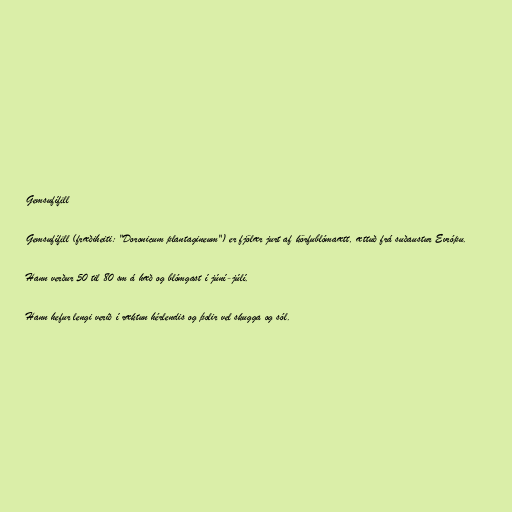
Gemsufífill

Gemsufífill (fræðiheiti: "Doronicum plantagineum") er fjölær jurt af körfublómaætt, ættuð frá suðaustur Evrópu.

Hann verður 50 til 80 sm á hæð og blómgast í júní-júlí.

Hann hefur lengi verið í ræktun hérlendis og þolir vel skugga og sól.